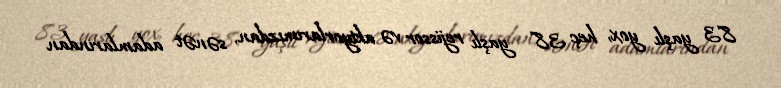
83 yaşlı yox, heç 38 yaşlı rejissor və aktyorlarımızdan, sənət adamlarından